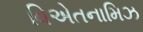
વિએતનામિઝ